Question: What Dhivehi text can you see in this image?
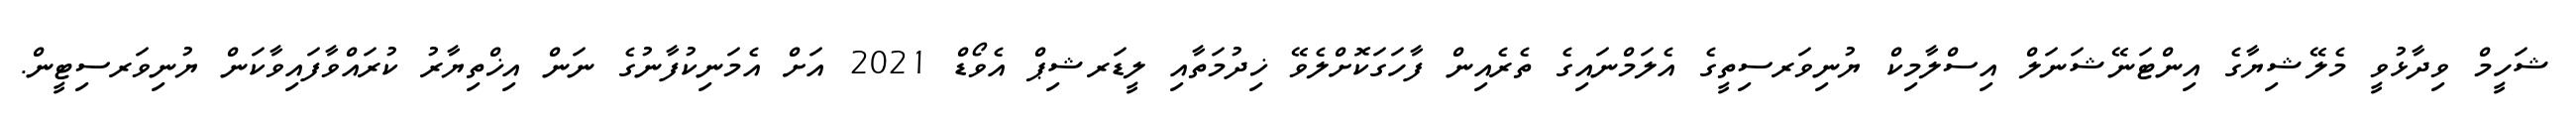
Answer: ޝަހީމް ވިދާޅުވީ މެލޭޝިޔާގެ އިންޓަނޭޝަނަލް އިސްލާމިކް ޔުނިވަރސިތީގެ އެލަމްނައިގެ ތެރެއިން ފާހަގަކޮށްލެވޭ ޚިދުމަތާއި ލީޑަރޝިޕް އެވޯޑް 2021 އަށް އެމަނިކުފާނުގެ ނަން އިޚްތިޔާރު ކުރައްވާފައިވާކަން ޔުނިވަރސިޓީން.